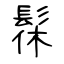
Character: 髹